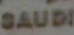
SAUDI